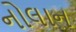
નોલાન